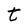
Character: t